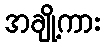
အချို့ကား